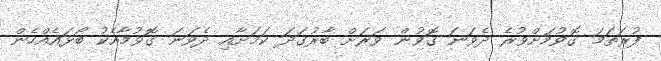
ފުރަތަމަ ގޮވުމަށްވުރެ ދެވަނަ ގޮވުން ވަރަށް ބާރުގަދަ ކަމަށާއި ދެވަނަ ގޮވުމާއެކު ބޯޅައެއްހެން